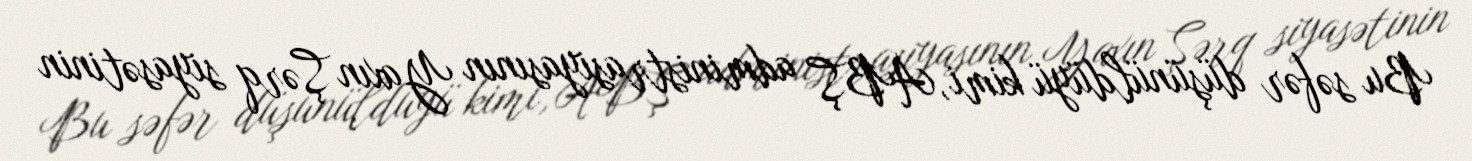
Bu səfər düşünüldüyü kimi, ABŞ administrasiyasının Yaxın Şərq siyasətinin